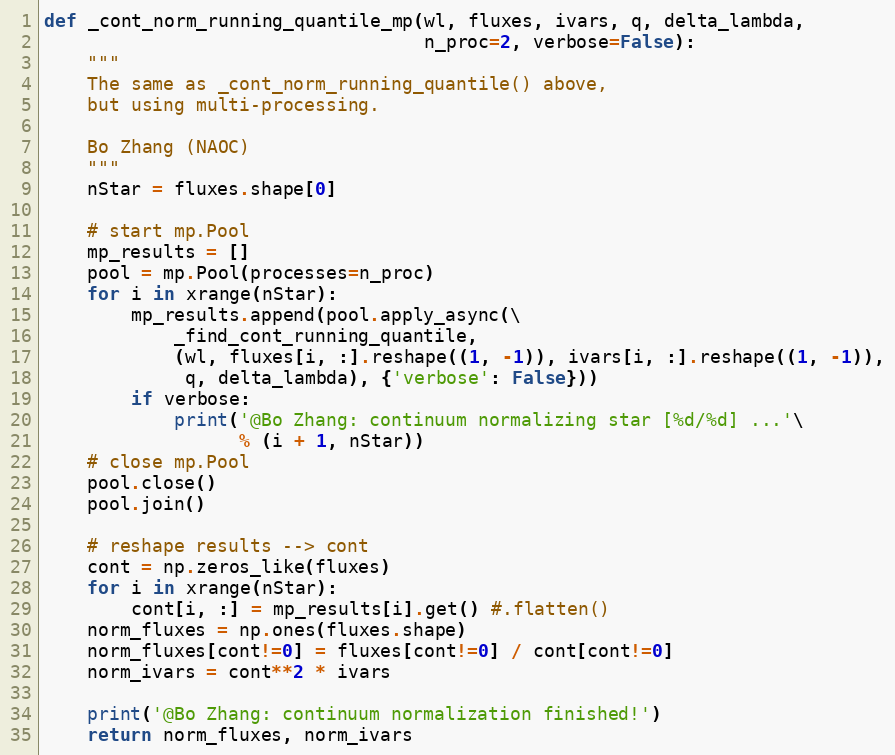
Language: Python
def _cont_norm_running_quantile_mp(wl, fluxes, ivars, q, delta_lambda,
                                   n_proc=2, verbose=False):
    """
    The same as _cont_norm_running_quantile() above,
    but using multi-processing.

    Bo Zhang (NAOC)
    """
    nStar = fluxes.shape[0]

    # start mp.Pool
    mp_results = []
    pool = mp.Pool(processes=n_proc)
    for i in xrange(nStar):
        mp_results.append(pool.apply_async(\
            _find_cont_running_quantile,
            (wl, fluxes[i, :].reshape((1, -1)), ivars[i, :].reshape((1, -1)),
             q, delta_lambda), {'verbose': False}))
        if verbose:
            print('@Bo Zhang: continuum normalizing star [%d/%d] ...'\
                  % (i + 1, nStar))
    # close mp.Pool
    pool.close()
    pool.join()

    # reshape results --> cont
    cont = np.zeros_like(fluxes)
    for i in xrange(nStar):
        cont[i, :] = mp_results[i].get() #.flatten()
    norm_fluxes = np.ones(fluxes.shape)
    norm_fluxes[cont!=0] = fluxes[cont!=0] / cont[cont!=0]
    norm_ivars = cont**2 * ivars

    print('@Bo Zhang: continuum normalization finished!')
    return norm_fluxes, norm_ivars